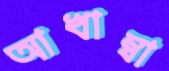
আখাম্বা